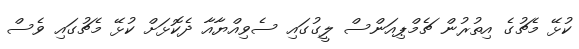
ކުޅޭ މެޗުގެ އިތުރުން ޗެމްޕިއަންސް ލީގުގައި ސެވިއްޔާއާ ދެކޮޅަށް ކުޅޭ މެޗުގައި ވެސް